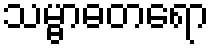
သမ္ဗာဓတရော